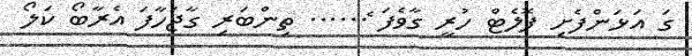
ގަ އަޅަންފެށި ފޮލެޓް ހުރީ ގާވެފަ ެ...... ތިންބަރި ގާޖަހާފަ އެރާބޯ ކަލޯ